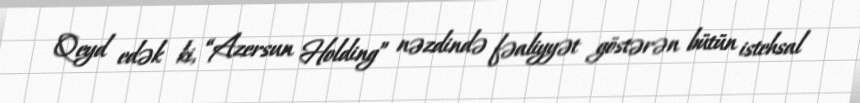
Qeyd edək ki, “Azersun Holding” nəzdində fəaliyyət göstərən bütün istehsal